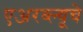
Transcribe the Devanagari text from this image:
एअरब्ल्यूचे